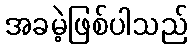
အခမဲ့ဖြစ်ပါသည်